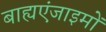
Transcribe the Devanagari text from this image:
बाह्यएंजाइमों